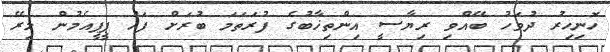
ހޮނިހިރު ދުވަހު ބޭއްވި ރިޔާސީ އިންތިޚާބުގެ ފުރަތަމަ ބުރަށް ފަހު ޕީޕީއެމުން މިރޭ